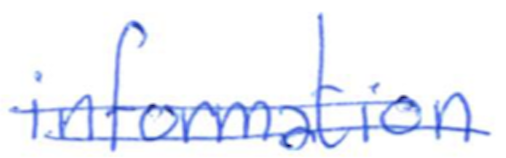
Text: information
Cross-out: double-line
Writing tool: ballpoint